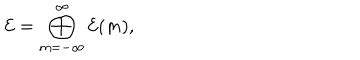
LaTeX: { \cal E } = \bigoplus _ { m = - \infty } ^ { \infty } { \cal E } ( m ) ,